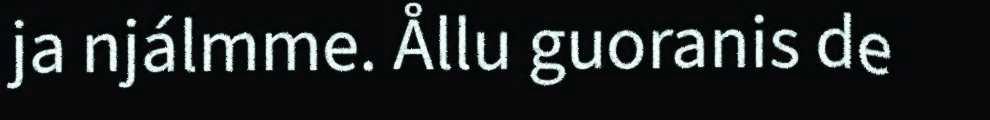
ja njálmme. Ållu guoranis de